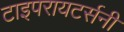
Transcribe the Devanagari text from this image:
टाइपरायटर्सनी